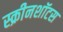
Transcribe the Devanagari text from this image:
स्क्रीनशॉटस